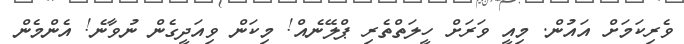
ވެރިކަމަށް އައުން. މިއީ ވަރަށް ހީލަތްތެރި ޕްލޭނެއް! މިކަން ވިއަދީގެން ނުވާނެ! އެންމެން